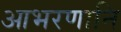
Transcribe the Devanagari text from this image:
आभरणानि